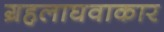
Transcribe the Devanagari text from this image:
ग्रहलाघवाकार